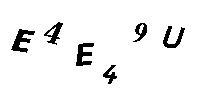
E4E49U